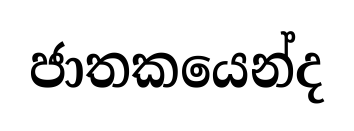
ජාතකයෙන්ද